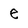
Character: e